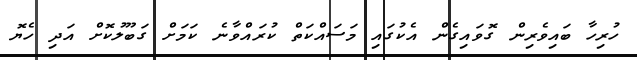
ހުރިހާ ބައިވެރިން ގޮވައިގެން އެކުގައި މަސައްކަތް ކުރައްވާނެ ކަމަށް ގަބޫލުކޮށް އަދި ހެޔޮ